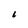
Character: L